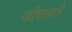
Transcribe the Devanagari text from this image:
जोपासते